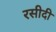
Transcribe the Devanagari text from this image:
रसीदी